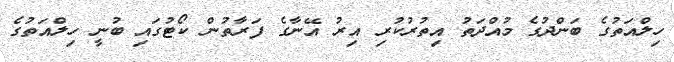
ހިލްއަތުގެ ބަންދުގެ މުއްދަތު އިތުރުކުރި އިރު އޭނާގެ ފަރާތުން ކޯޓުގައި ބުނީ ހިލްއަތުގެ